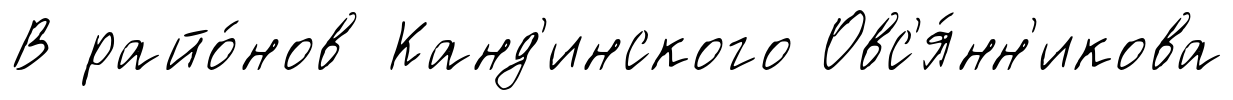
В райо́нов Канд'инского Овс'я́нн'икова